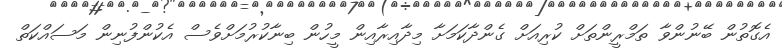
އެގޮތުން ބޭނުންވާ ތަމްރީންތަށް ކުރިއަށް ގެންދާކަމަށާ މިދާއިރާއިން މީހުން ބިނާކުރުމަށްވެސް އެކުންފުނިން މަސައްކަތް